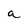
Character: a